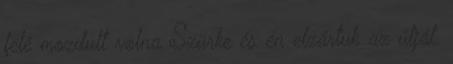
felé mozdult volna Szürke és én elzártuk az útját.